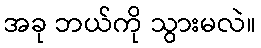
အခု ဘယ်ကို သွားမလဲ။